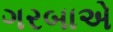
ગરબાએ